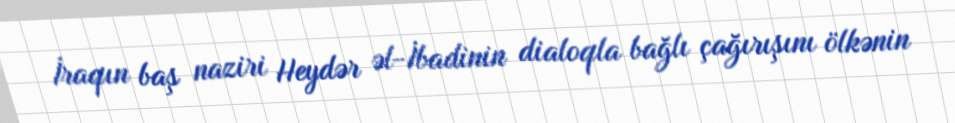
İraqın baş naziri Heydər əl-İbadinin dialoqla bağlı çağırışını ölkənin